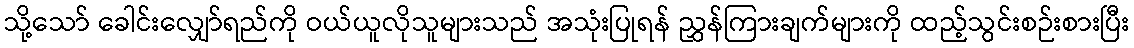
သို့သော် ခေါင်းလျှော်ရည်ကို ဝယ်ယူလိုသူများသည် အသုံးပြုရန် ညွှန်ကြားချက်များကို ထည့်သွင်းစဉ်းစားပြီး